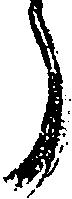
う